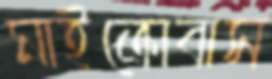
মাইক্রোবাস